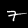
Label: 7